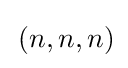
\,(n,n,n)